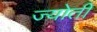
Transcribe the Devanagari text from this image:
ज्‍योती